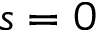
s = 0